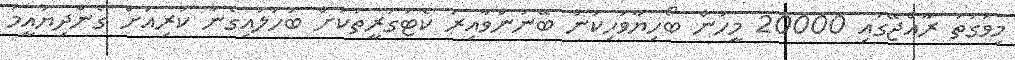
މިވަގުތު ރާއްޖޭގައި 20000 މީހުން ބޯހިޔާވަހިކަން ބޭނުންވާއިރު ކެޓަގަރީތަކަށް ބަހަލައިގެން ކުރިއަށް ގެންދިޔައީމަ